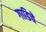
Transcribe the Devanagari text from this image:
गाडिचे